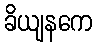
ခိယျနကေ